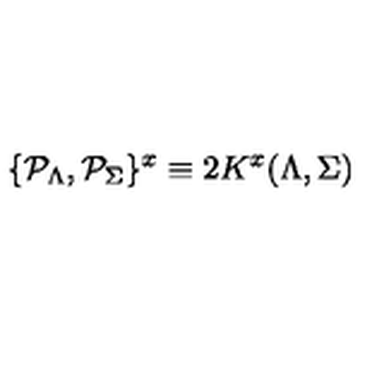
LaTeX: \{ { \cal P } _ { \Lambda } , { \cal P } _ { \Sigma } \} ^ { x } \equiv 2 K ^ { x } ( \Lambda , \Sigma )